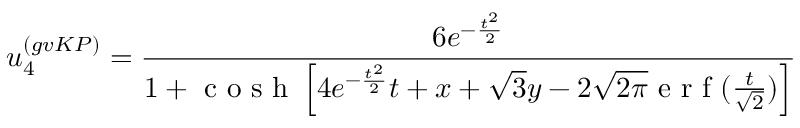
u _ { 4 } ^ { ( g v K P ) } = \frac { 6 e ^ { - \frac { t ^ { 2 } } { 2 } } } { 1 + \mathrm { ~ c ~ o ~ s ~ h ~ } \left[ 4 e ^ { - \frac { t ^ { 2 } } { 2 } } t + x + \sqrt { 3 } y - 2 \sqrt { 2 \pi } \mathrm { ~ e ~ r ~ f ~ } ( \frac { t } { \sqrt { 2 } } ) \right] }